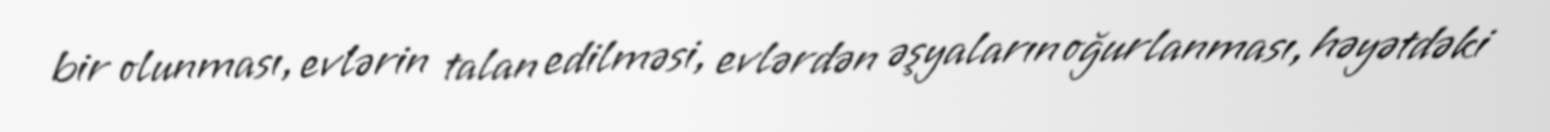
bir olunması, evlərin talan edilməsi, evlərdən əşyaların oğurlanması, həyətdəki